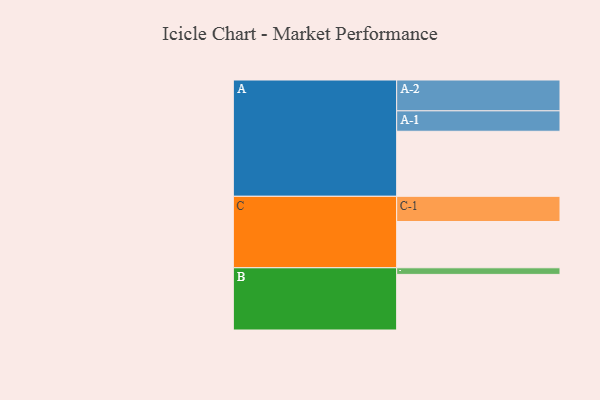
{"axis": {"x": "Segment", "y": "Value"}, "legend": ["", "A", "B", "C"], "data": [{"x": "A", "y": 599, "type": ""}, {"x": "B", "y": 512, "type": ""}, {"x": "C", "y": 426, "type": ""}, {"x": "A-1", "y": 188, "type": "A"}, {"x": "A-2", "y": 284, "type": "A"}, {"x": "B-1", "y": 61, "type": "B"}, {"x": "C-1", "y": 232, "type": "C"}]}